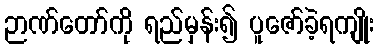
ဉာဏ်တော်ကို ရည်မှန်း၍ ပူဇော်ခဲ့ရကျိုး